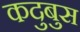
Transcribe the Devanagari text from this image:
कदुबुस